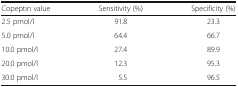
<table><thead><tr><td><b>Copeptin value</b></td><td><b>Sensitivity (%)</b></td><td><b>Specificity (%)</b></td></tr></thead><tbody><tr><td>2.5 pmol/l</td><td>91.8</td><td>23.3</td></tr><tr><td>5.0 pmol/l</td><td>64.4</td><td>66.7</td></tr><tr><td>10.0 pmol/l</td><td>27.4</td><td>89.9</td></tr><tr><td>20.0 pmol/l</td><td>12.3</td><td>95.3</td></tr><tr><td>30.0 pmol/l</td><td>5.5</td><td>96.5</td></tr></tbody></table>